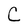
Character: C